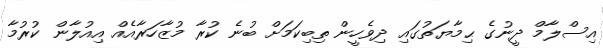
އިސްލާމް ދީނުގެ ޙިމާޔަތުގައި ދިވެހީން ތިބިކަމަށް ބުނެ ކުރާ މުޒާހަރާއެއް އިއުލާން ކުރުމާ